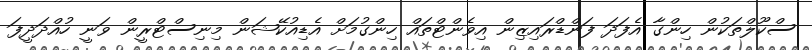
ސްކޫލްތަކުން ހިންގާ އެފަދަ ފަންޑްރައިޒިން އިވެންޓްތައް ހިންގުމަށް އެޑިއުކޭޝަން މިނިސްޓްރީން ވަނީ ހުއްދަދީފަ